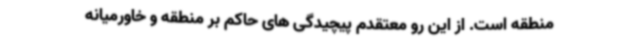
منطقه است. از این رو معتقدم پیچیدگی های حاکم بر منطقه و خاورمیانه